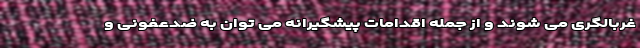
غربالگری می شوند و از جمله اقدامات پیشگیرانه می توان به ضدعفونی و